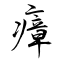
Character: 瘴